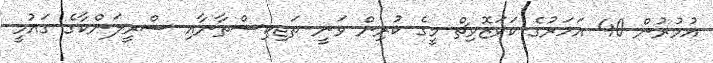
އުމުރުން 40 އަހަރުގެ ކަވަޒޮވިޗް މީގެ ކުރިން ވަނީ ތަޖިކިސްތާނާއި ސްރީލަންކާގެ ގައުމީ